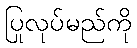
ပြုလုပ်မည်ကို